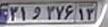
۳۱و۳۷۶۱۳